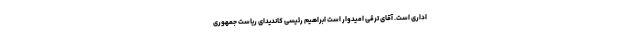
اداری است. آقای ترقی امیدوار است ابراهیم رئیسی کاندیدای ریاست جمهوری